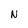
Character: N